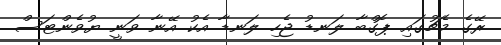
ރޭގެ މެޗުގައި ޕޮގްބާ ލަނޑު ޖެހި ލަނޑާ އެކު އޭނާ ވަނީ ޔުވެންޓަސް